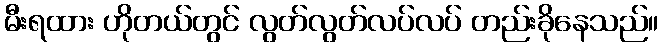
မီးရထား ဟိုတယ်တွင် လွတ်လွတ်လပ်လပ် တည်းခိုနေသည်။